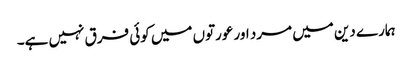
ہمارے دین میں مرد اور عورتوں میں کوئی فرق نہیں ہے۔